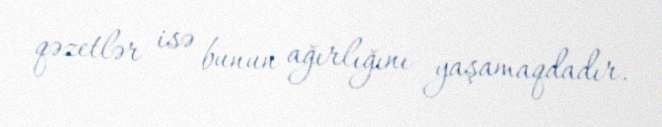
qəzetlər isə bunun ağırlığını yaşamaqdadır.